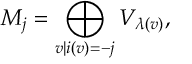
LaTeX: M _ { j } = \bigoplus _ { v | i ( v ) = - j } V _ { \lambda ( v ) } ,